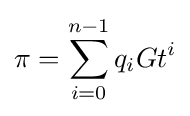
\pi =\sum _{i=0}^{n-1}q_{i}Gt^{i}